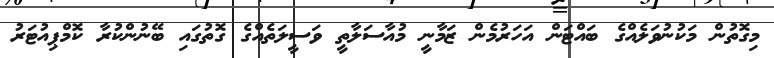
މިގޮތުން މަކުނުވަލެއްގެ ބައްޓަން އަހަރުމެން ޒަމާނީ މުއާސަލާތީ ވަސީލަތެއްގެ ގޮތުގައި ބޭނުންކުރާ ކޮމްޕިއުޓަރު